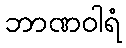
ဘာဏဝါရံ